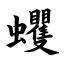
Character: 蠼